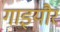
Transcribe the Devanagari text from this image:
गाइयौर